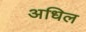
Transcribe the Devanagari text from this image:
अधिल